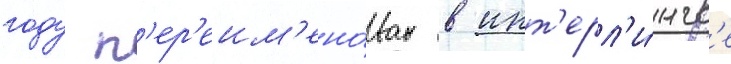
году п'ер'еим'ено́ван в инт'ерл'и́нгв'е